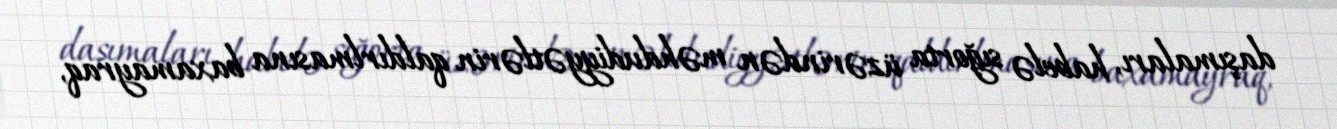
daşımaları, habelə sığorta üzərindən məhdudiyyətlərin qaldırlmasına baxamayraq,